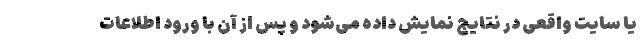
یا سایت واقعی در نتایج نمایش داده می‌شود و پس از آن با ورود اطلاعات